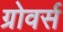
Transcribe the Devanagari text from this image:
ग्रोवर्स